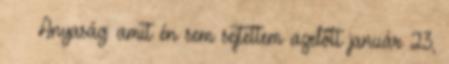
Anyaság: amit én sem sejtettem azelőtt január 23,